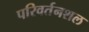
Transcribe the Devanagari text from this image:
परिवर्तनशल